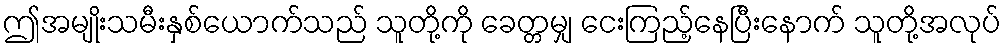
ဤအမျိုးသမီးနှစ်ယောက်သည် သူတို့ကို ခေတ္တမျှ ငေးကြည့်နေပြီးနောက် သူတို့အလုပ်